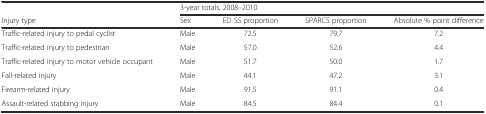
<table><thead><tr><td></td><td colspan="4"><b>3-year totals, 2008–2010</b></td></tr><tr><td><b>Injury type</b></td><td><b>Sex</b></td><td><b>ED SS proportion</b></td><td><b>SPARCS proportion</b></td><td><b>Absolute % point difference</b></td></tr></thead><tbody><tr><td>Traffic-related injury to pedal cyclist</td><td>Male</td><td>72.5</td><td>79.7</td><td>7.2</td></tr><tr><td>Traffic-related injury to pedestrian</td><td>Male</td><td>57.0</td><td>52.6</td><td>4.4</td></tr><tr><td>Traffic-related injury to motor vehicle occupant</td><td>Male</td><td>51.7</td><td>50.0</td><td>1.7</td></tr><tr><td>Fall-related injury</td><td>Male</td><td>44.1</td><td>47.2</td><td>3.1</td></tr><tr><td>Firearm-related injury</td><td>Male</td><td>91.5</td><td>91.1</td><td>0.4</td></tr><tr><td>Assault-related stabbing injury</td><td>Male</td><td>84.5</td><td>84.4</td><td>0.1</td></tr></tbody></table>